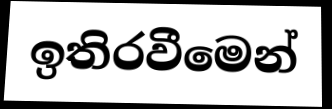
ඉතිරවීමෙන්